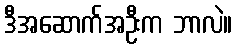
ဒီအဆောက်အဦးက ဘာလဲ။